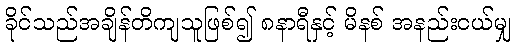
ခိုင်သည်အချိန်တိကျသူဖြစ်၍ ၈နာရီနှင့် မိနစ် အနည်းငယ်မျှ